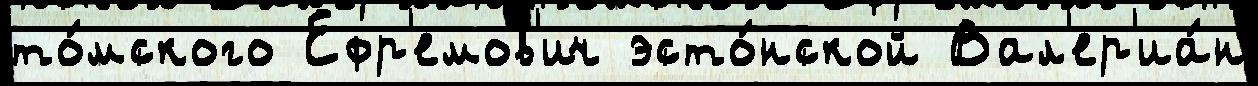
то́мского Ефр'емов'ич эсто́нской Вал'ер'иа́н